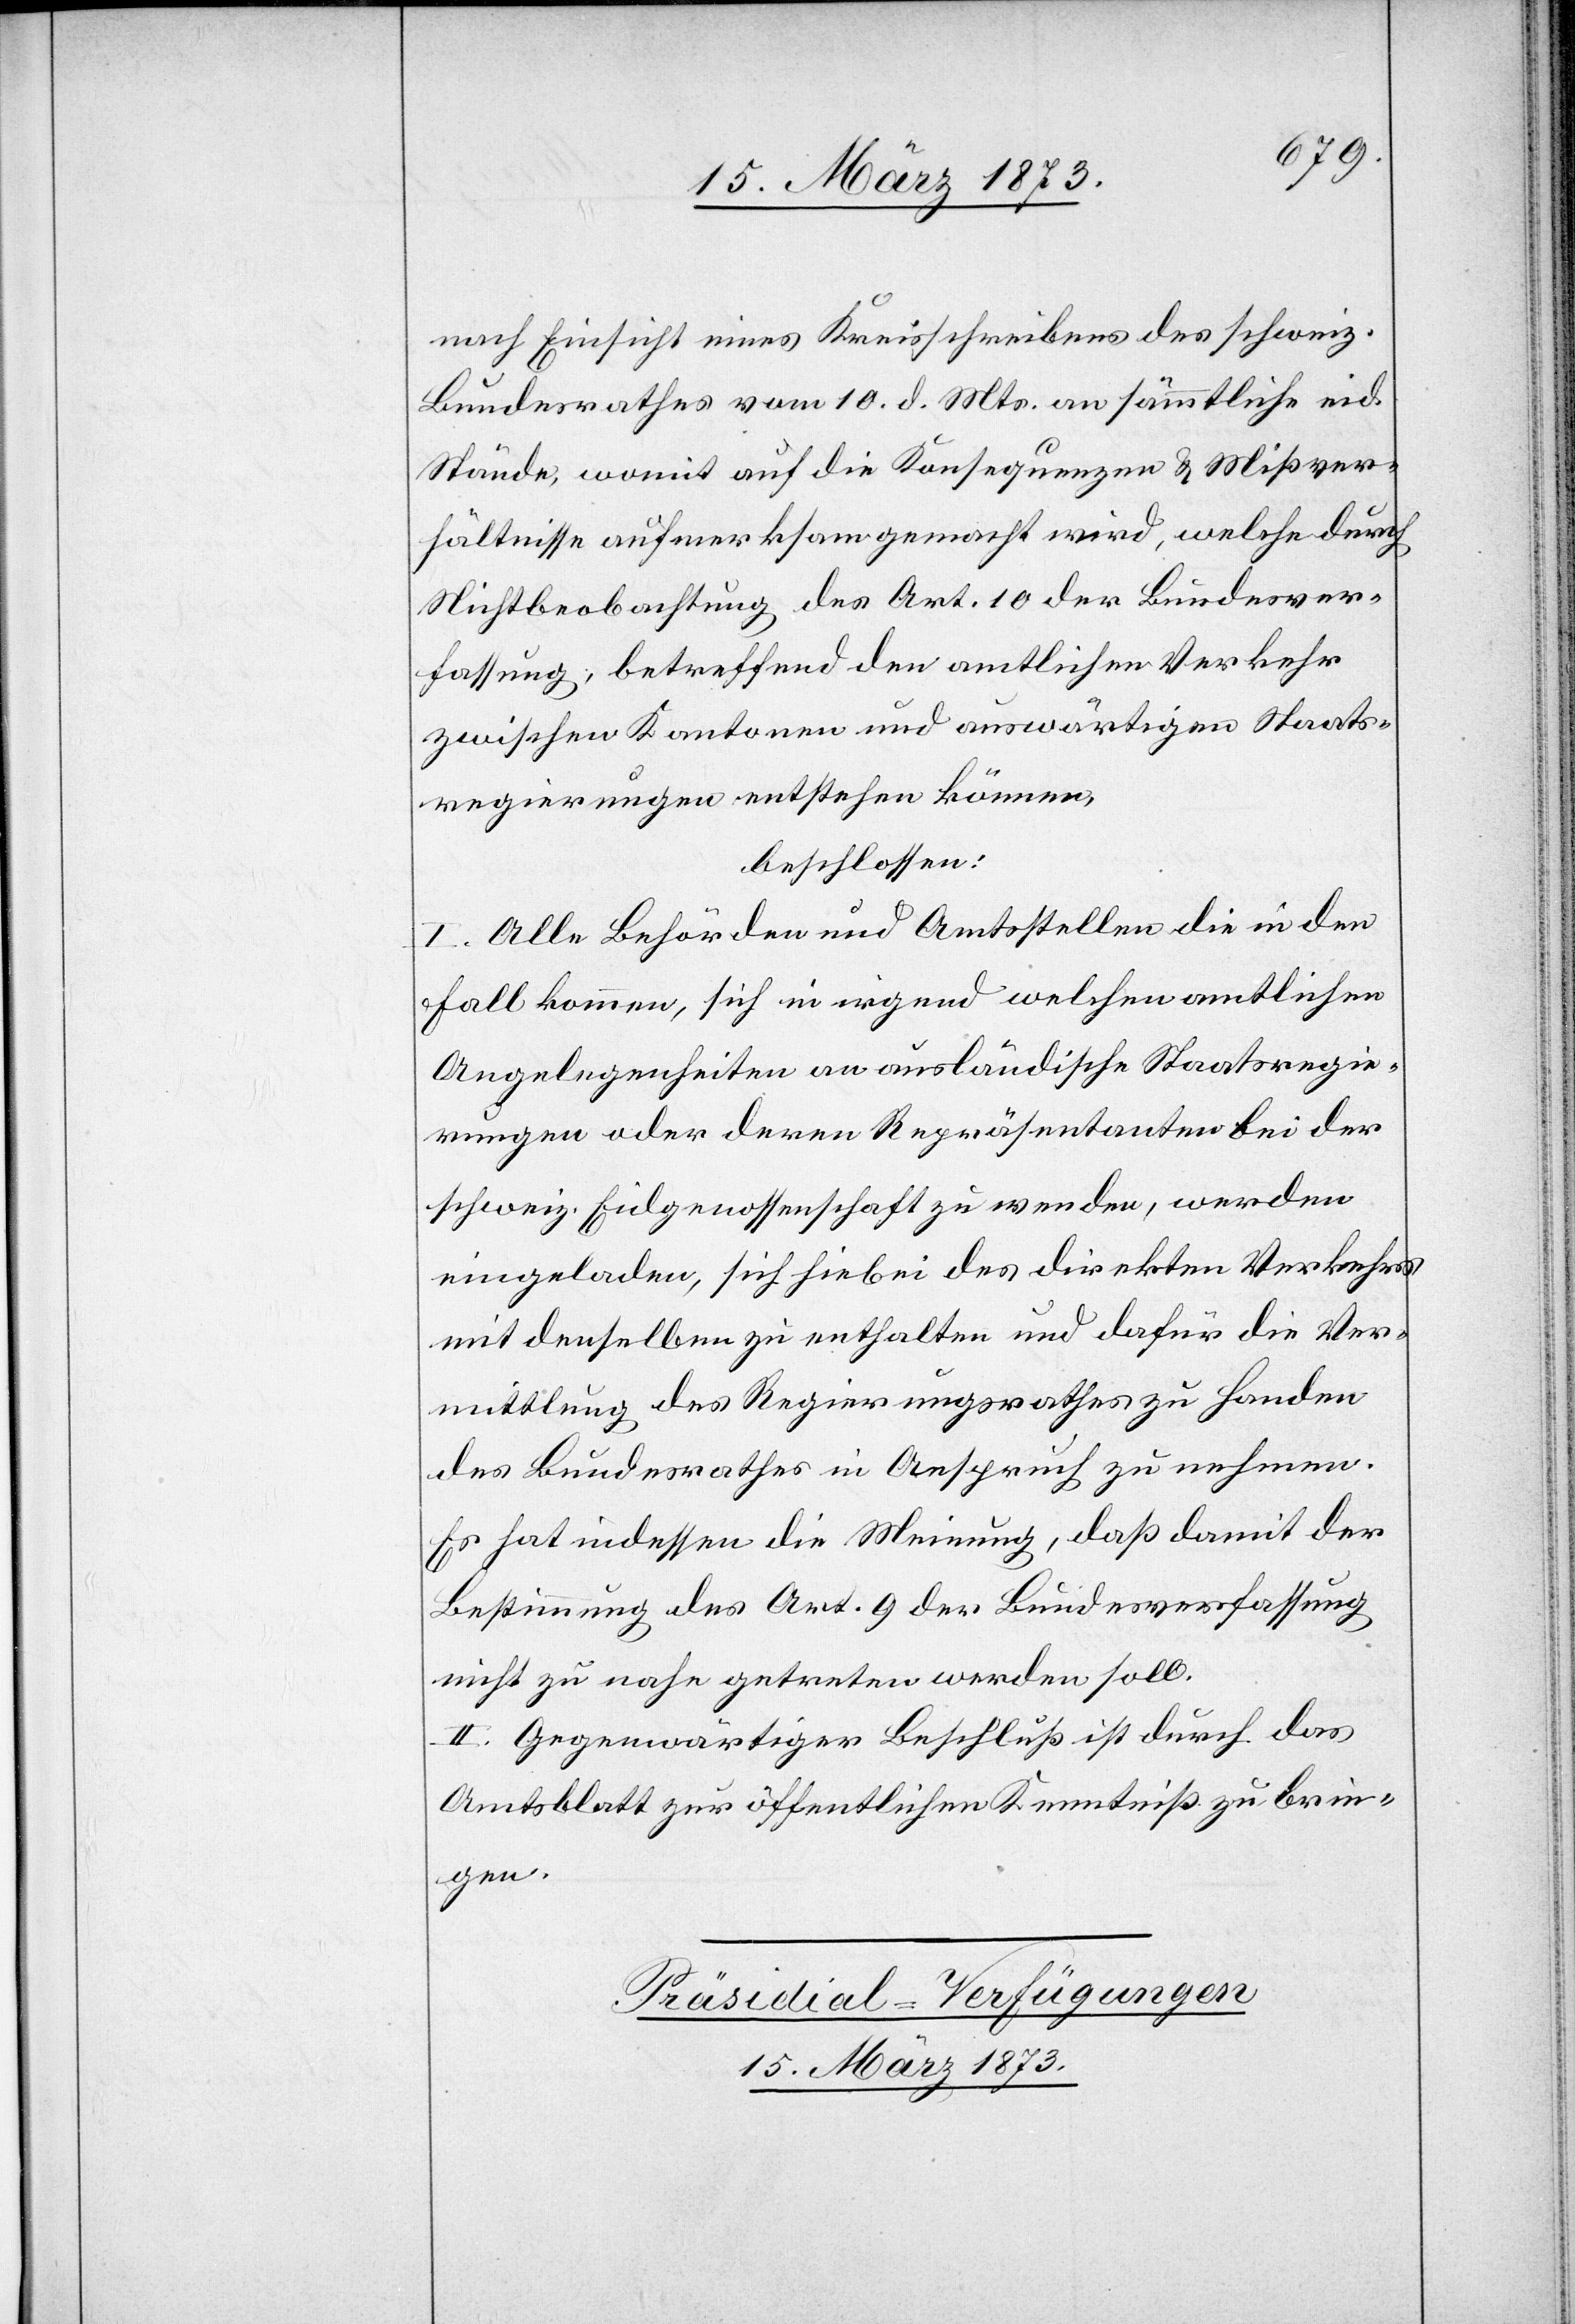
nach Einsicht eines Kreisschreibens des schweiz.
Bundesrathes vom 10. d. Mts. an sämmtliche eid.
Stände, womit auf die Konsequenzen u. Mißver¬
hältnisse aufmerksam gemacht wird, welche durch
Nichtbeobachtung des Art. 10 der Bundesver¬
fassung, betreffend den amtlichen Verkehr
zwischen Kantonen und auswärtigen Staats¬
regierungen entstehen können,
beschlossen:
I. Alle Behörden und Amtsstellen die in den
Fall kommen, sich in irgend welchen amtlichen
Angelegenheiten an ausländische Staatsregie¬
rungen oder deren Repräsentanten bei der
schweiz. Eidgenossenschaft zu wenden, werden
eingeladen, sich hiebei des direkten Verkehrs
mit denselben zu enthalten und dafür die Ver¬
mittlung des Regierungsrathes zu Handen
des Bundesrathes in Anspruch zu nehmen.
Es hat indessen die Meinung, daß damit der
Bestimmung des Art. 9 der Bundesverfassung
nicht zu nahe getreten werden soll.
II. Gegenwärtiger Beschluß ist durch das
Amtsblatt zur öffentlichen Kenntniß zu brin¬
gen.
Präsidial-Verfügungen[.]
15. März 1873.